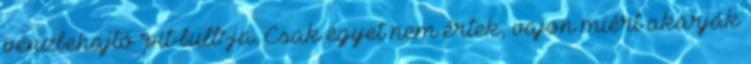
pénzbehajtó "pit-bull"-ja. Csak egyet nem értek, vajon miért akarják